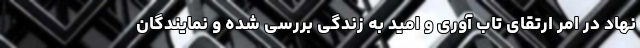
نهاد در امر ارتقای تاب آوری و امید به زندگی بررسی شده و نمایندگان